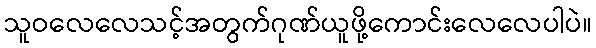
သူဝလေလေသင့်အတွက်ဂုဏ်ယူဖို့ကောင်းလေလေပါပဲ။